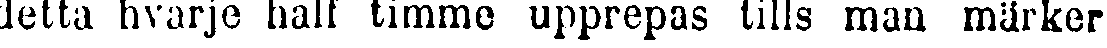
detta hvarje half timme upprepas tills man märker